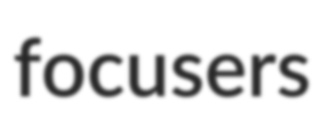
focusers